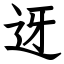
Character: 迓